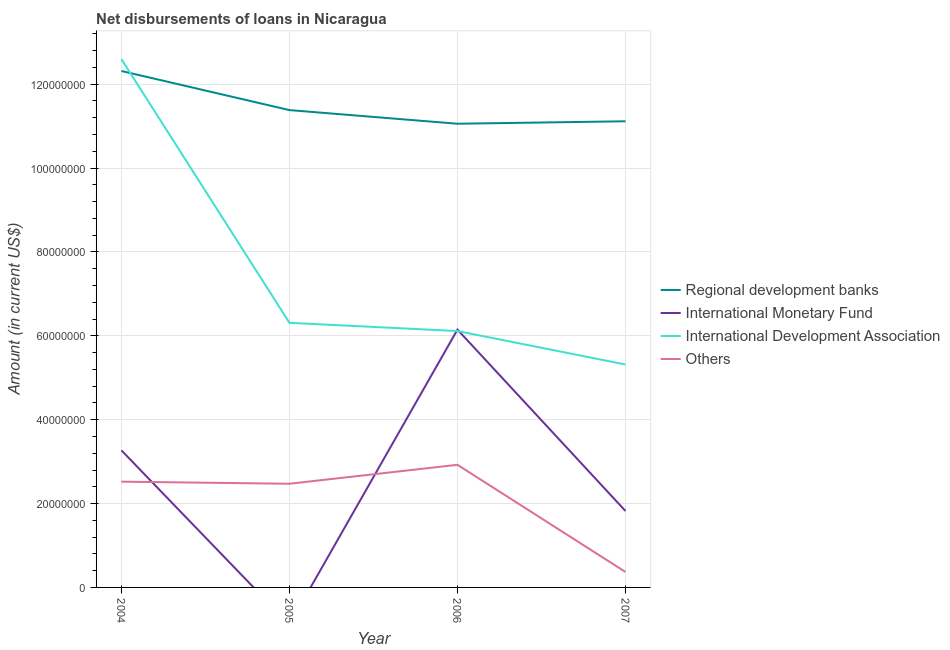
| Year | Regional development banks | International Monetary Fund | International Development Association | Others |
 | --- | --- | --- | --- | --- |
 | 2004 | 1.23e+08 | 3.27e+07 | 1.26e+08 | 2.52e+07 |
 | 2005 | 1.14e+08 | -8.85e+06 | 6.31e+07 | 2.47e+07 |
 | 2006 | 1.11e+08 | 6.15e+07 | 6.11e+07 | 2.92e+07 |
 | 2007 | 1.11e+08 | 1.82e+07 | 5.32e+07 | 3.68e+06 |